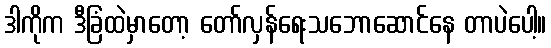
ဒါကိုက ဒီခြံထဲမှာတော့ တော်လှန်ရေးသဘောဆောင်နေ တာပဲပေါ့။